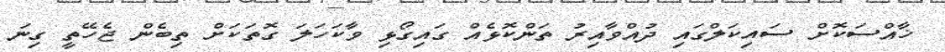
ޚާއްސަކޮށް ސައިކަލްގައި ދުއްވާއިރު ތަންކޮޅެއް ގައިގޯޅި ވާކަހަލަ ގޮތަކަށް ތިބެން ޖެހޭތީ ގިނަ